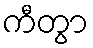
ကီတွာ